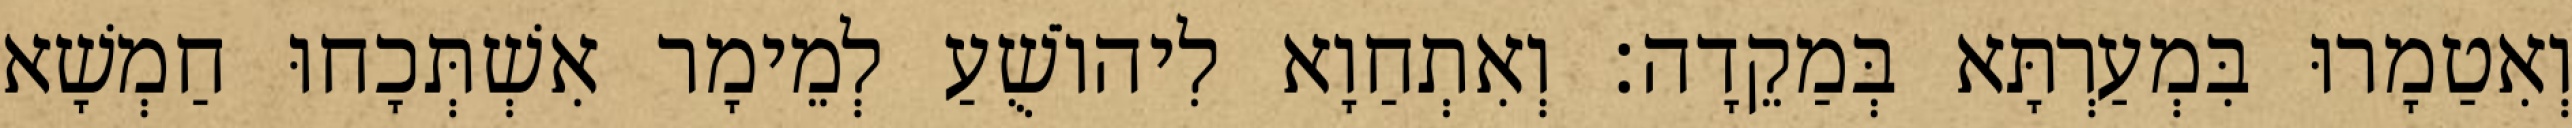
וְאִטַמָרוּ בִּמְעַרְתָּא בְּמַקֵדָה׃ וְאִתְחַוָא לִיהוֹשֻׁעַ לְמֵימָר אִשְׁתְּכָחוּ חַמְשָׁא